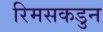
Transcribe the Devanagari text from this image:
रिमसकडुन